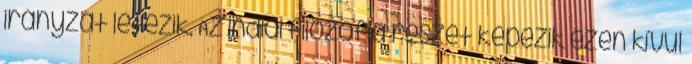
irányzat létezik. Az indiai filozófia részét képezik ezen kívül